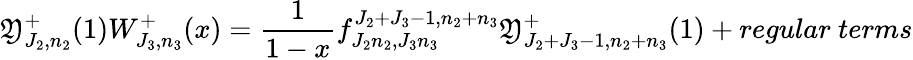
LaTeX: \mathfrak{Y}_{J_{2},n_{2}}^{+}(1)W_{J_{3},n_{3}}^{+}(x)=\frac{{1}}{{1-x}}f_{J_{2}n_{2},J_{3}n_{3}}^{J_{2}+J_{3}-1,n_{2}+n_{3}}\mathfrak{Y}_{J_{2}+J_{3}-1,n_{2}+n_{3}}^{+}(1)+regular~terms